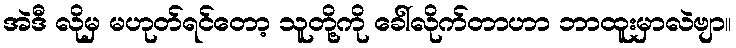
အဲဒီ လိုမှ မဟုတ်ရင်တော့ သူတို့ကို ခေါ်လိုက်တာဟာ ဘာထူးမှာလဲဗျာ။